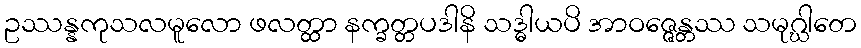
ဥဿန္နကုသလမူလော ဖလတ္ထာ နက္ခတ္တပဒါနိ သဒ္ဓါယပိ အာဝဇ္ဇေန္တဿ သမုဂ္ဃါတေ